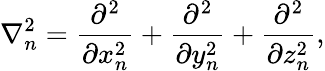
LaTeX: \nabla_{n}^{2}={\frac{\partial^{2}}{\partial x_{n}^{2}}}+{\frac{\partial^{2}}{\partial y_{n}^{2}}}+{\frac{\partial^{2}}{\partial z_{n}^{2}}},